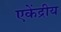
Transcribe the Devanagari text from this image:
एकेंद्रीय